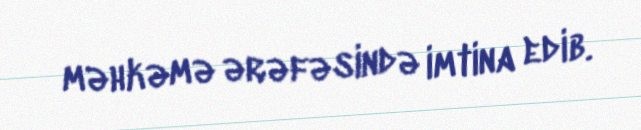
məhkəmə ərəfəsində imtina edib.